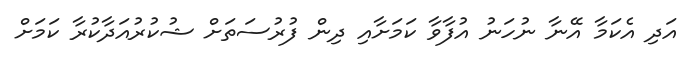
އަދި އެކަމާ އޭނާ ނުހަނު އުފާވާ ކަމަށާއި ދިން ފުރުސަތަށް ޝުކުރުއަދާކުރާ ކަމަށް